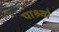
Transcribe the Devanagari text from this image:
पाश्र्वो